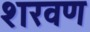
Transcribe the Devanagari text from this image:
शरवण